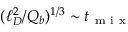
( \ell _ { D } ^ { 2 } / Q _ { b } ) ^ { 1 / 3 } \sim t _ { \mathrm { ~ m ~ i ~ x ~ } }